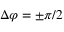
\Delta \varphi = \pm \pi / 2